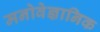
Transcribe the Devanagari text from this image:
मनोवेज्ञानिक